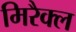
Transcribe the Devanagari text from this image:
मिरैक्ल